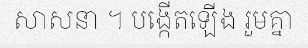
សាសនា ។ បង្កើតឡើង រួមគ្នា